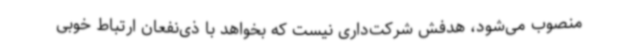
منصوب می‌شود، هدفش شرکت‌داری نیست که بخواهد با ذی‌نفعان ارتباط خوبی